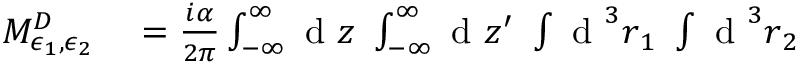
\begin{array} { r l } { M _ { \epsilon _ { 1 } , \epsilon _ { 2 } } ^ { D } } & { { } = \frac { i \alpha } { 2 \pi } \int _ { - \infty } ^ { \infty } \mathrm { ~ d ~ } z ~ \int _ { - \infty } ^ { \infty } \mathrm { ~ d ~ } z ^ { \prime } ~ \int \mathrm { ~ d ~ } ^ { 3 } \boldsymbol { r } _ { 1 } ~ \int \mathrm { ~ d ~ } ^ { 3 } \boldsymbol { r } _ { 2 } ~ } \end{array}